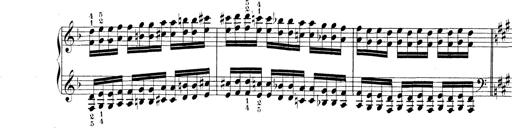
Title: Technische Studien
Composer: Franz Liszt